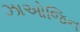
ઝાઓજિન